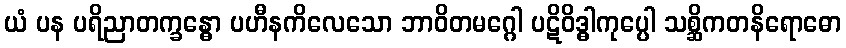
ယံ ပန ပရိညာတက္ခန္ဓော ပဟီနကိလေသော ဘာဝိတမဂ္ဂေါ ပဋိဝိဒ္ဓါကုပ္ပေါ သစ္ဆိကတနိရောဓော